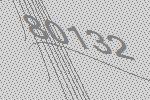
80132